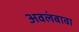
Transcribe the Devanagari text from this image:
अवलंबावा